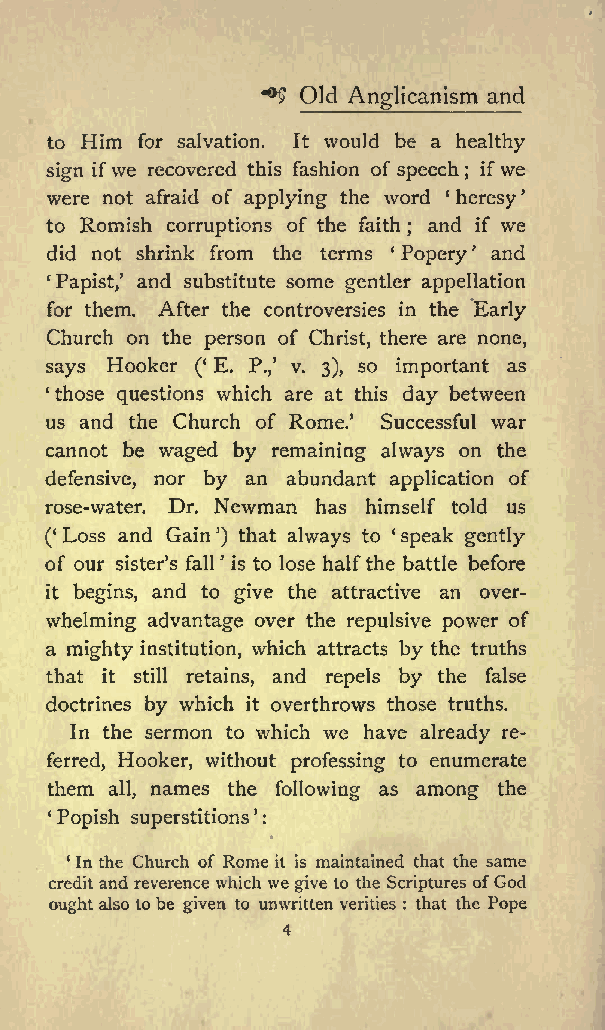
? Old Anglicanism and
 to Him for salvation. It would be a healthy
 sign ifwe recovered this fashion of speech ; ifwe
 were not afraid of applying the word heresy
 to Romish corruptions of the faith and if we
 ;
 did not shrink from the terms Popery and
 Papist, and substitute some gentler appellation
 for them. After the controversies in the Early
 Church on the person of Christ, there are none,
 says Hooker ( E. P., v. 3), so important as
 those questions which are at this day between
 us and the Church of Rome. Successful war
 cannot be waged by remaining always on the
 defensive, nor by an abundant application of
 rose-water. Dr. Newman has himself told us
 ( Loss and Gain ) that always to cspeak gently
 of our sisters fall is to lose halfthe battle before
 it begins, and to give the attractive an over
 whelming advantage over the repulsive power of
 a mighty institution, which attracts by the truths
 that it still retains, and repels by the false
 doctrines by which it overthrows those truths.
 In the sermon to which we have already re
 ferred, Hooker, without professing to enumerate
 them all, names the following as among the
 Popish superstitions :
 In the Church of Rome it is maintained that the same
 creditand reverence which we give to the Scriptures ofGod
 oughtalso to be given to unwritten verities : that the Pope
 4